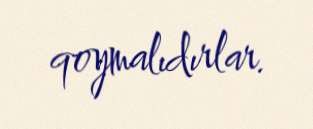
qoymalıdırlar.